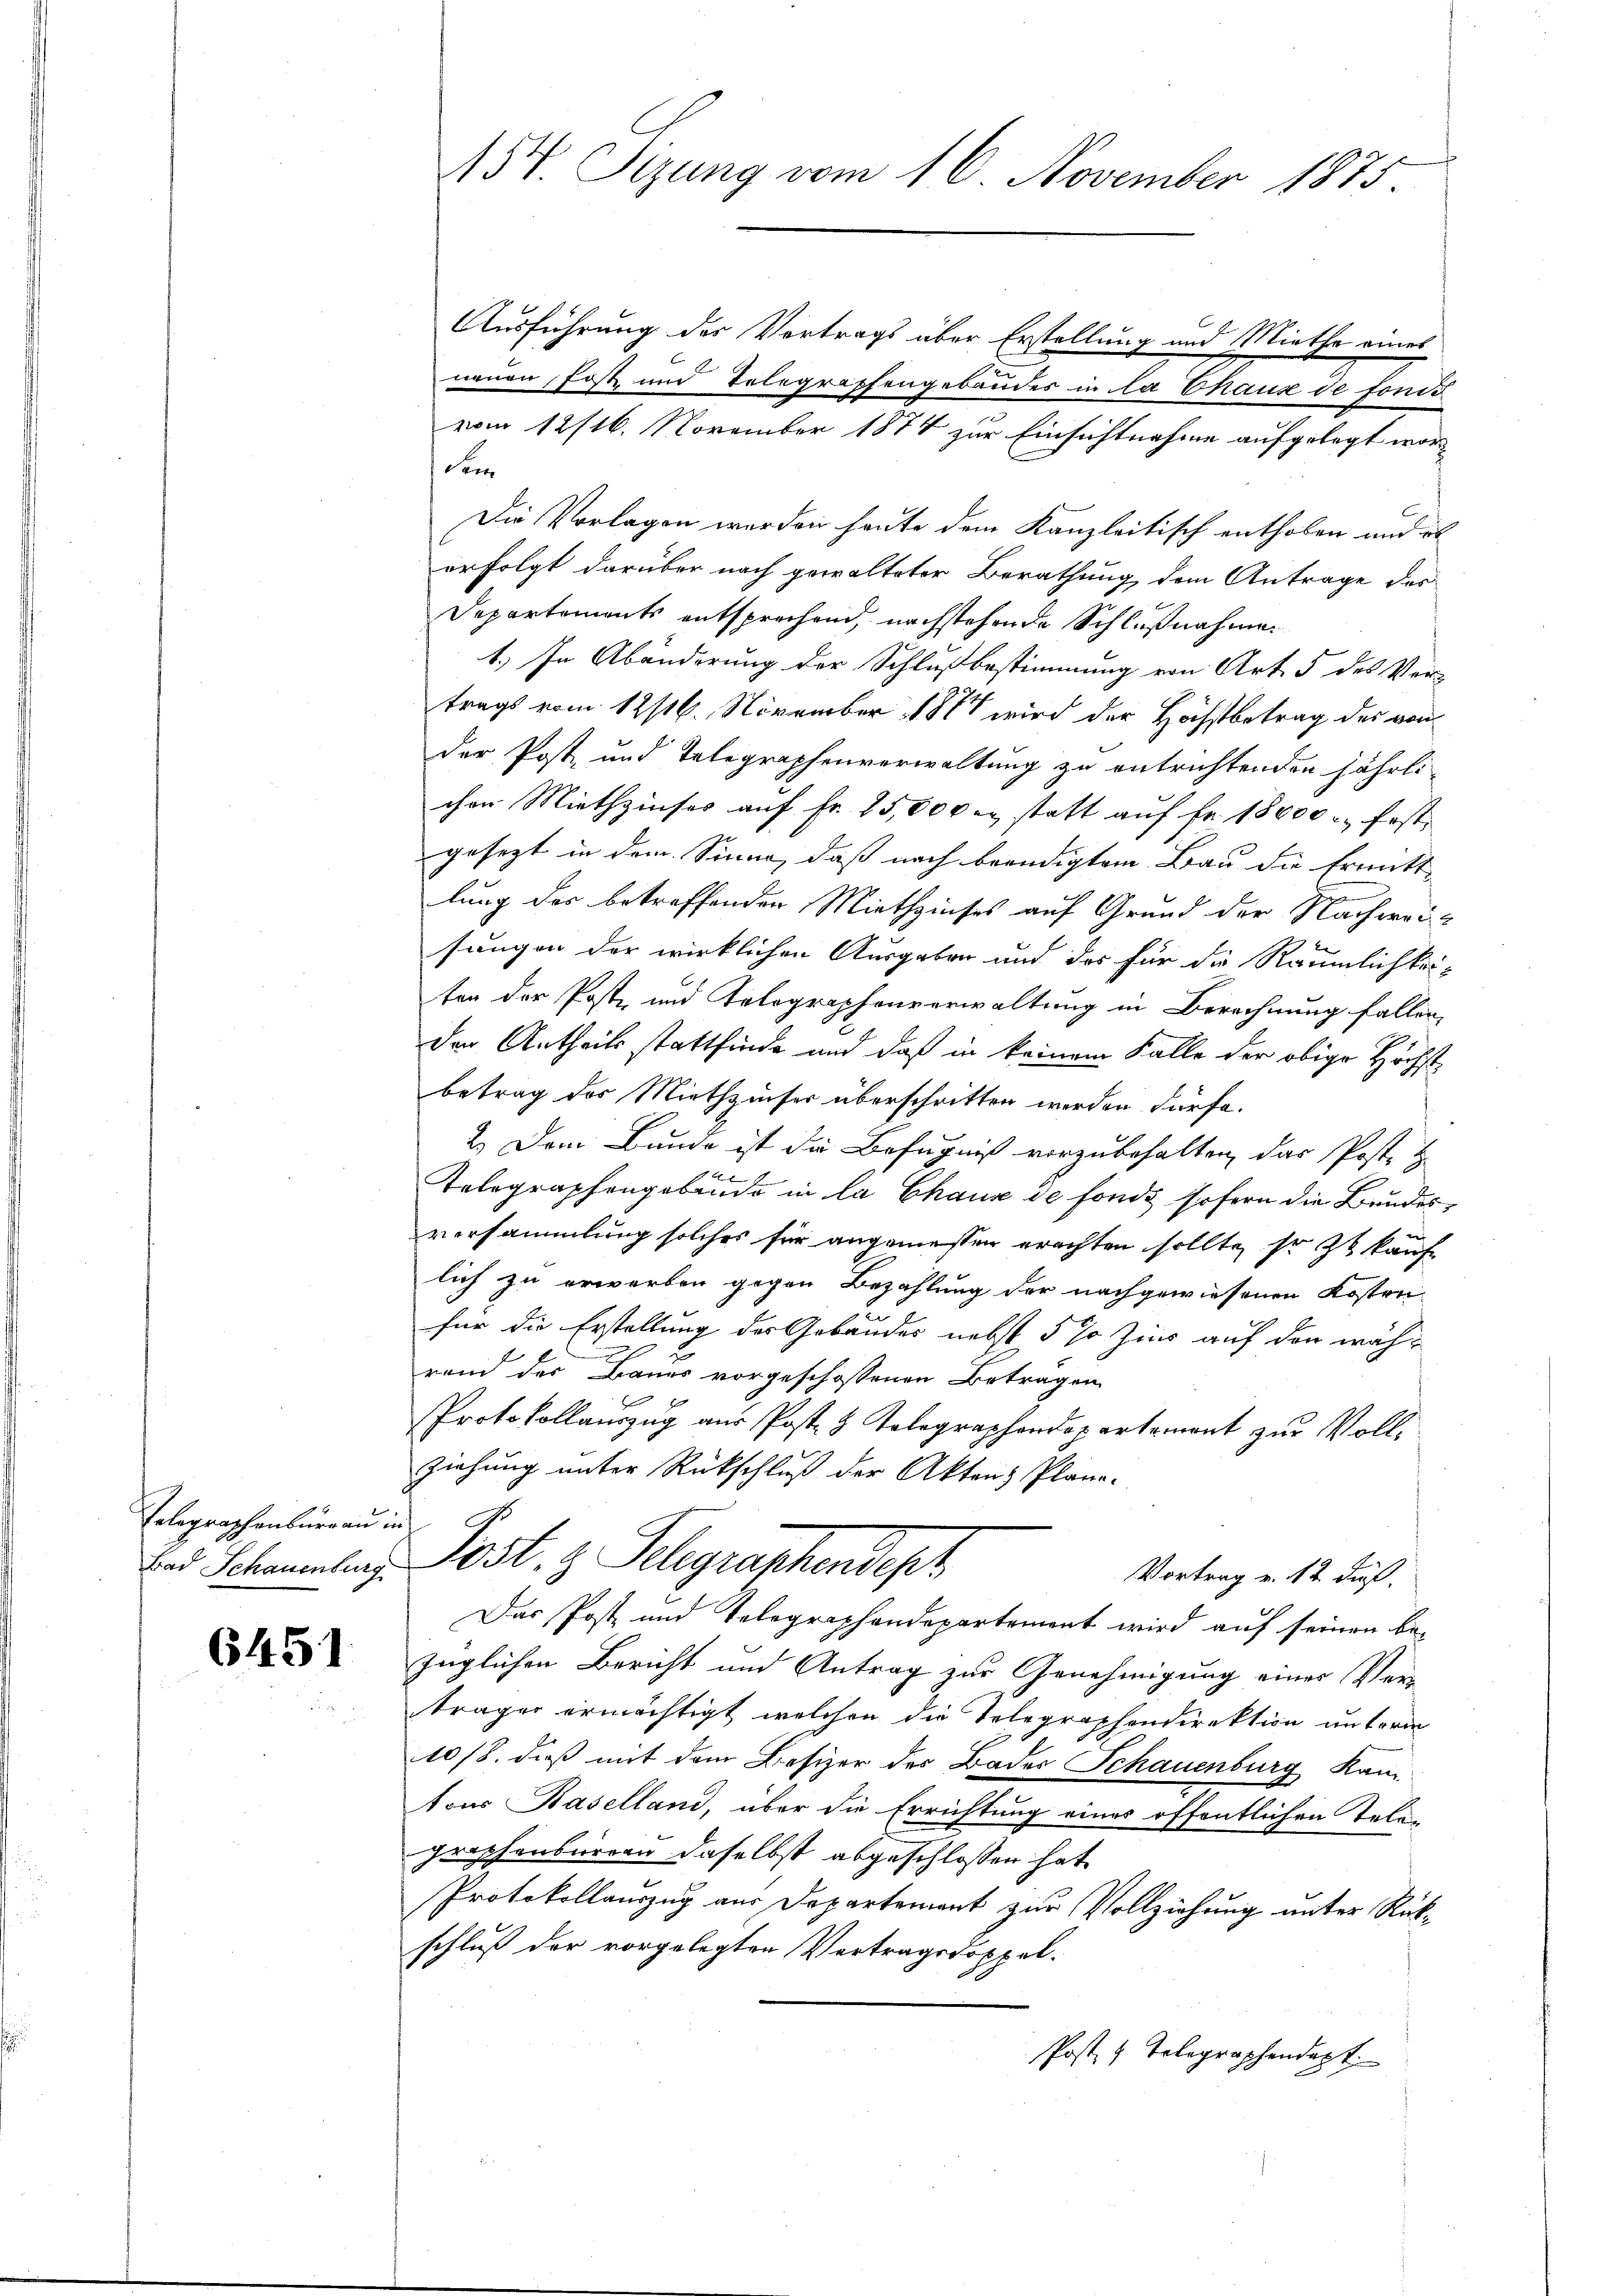
Telegraphenburgau
Bad Schauenburg

6451

457. Sizung vom 16. November 1875

Ausführung der Vortrags über Erstellung und Miethe eines
neuen Post und Telegraffengebäudes in la Chaux de fonds
vom 12/16. November 1874 zur Einsichtnahme aufgelegt wordem
Die Vorlagen werden heute dem Kanzleitisch enthoben und es
erfolgt darüber nach gewalteter Berathung dem Antrage des
Departements entsprechend, nachstehende Schlußnahmen
1.) In Abänderung der Schlaßbestimmung von Art. 5 des Vertrags vom 12/16. November 1881 wird der Höchstbetrag des von
der Post- und Telegraphenverwaltung zu entrichtenden jährli
chen Miethzinses auf Fr. 25,000 statt auf Fr. 18000. fest
gesezt in dem Sinne, daß nach beendigtem Bau die Ermitte
lung des betreffenden Miethzinses auf Grund der Nachweisungen der wirklichen Ausgaben und des für die Räumlichkeiten der Poste und Kolographenverwaltung in Berechnung fallen,
den Antheils stattfinde und daß in keinem Falle der obige Höchst
betrag der Miethzinser überschritten worden dürfe.
2.) Dem Bunde ist die Befugniß vorzubehalten, das Post. Z
Telegraphengebäude in la Chaus de fonds sofern die Bundesversammlung solches für angemessen erachten sollte, so zu kaufe
lich zu erworben gegen Bezahlung der nachgewiesenen Kosten
für die Erstellung des Gebäudes nebst 5 % Zins auf den während der Bauer vorgeschossenen Betragen
Protokollauszug aus Post 3 Telegraphendepartement zur Vollziehung unter Rückschluß der Akten Plane-
ih
Post. 3. Klagraphendesh
Vortrag v. 12. dieß.
Das Post und Telegraphendepartement wird auf seinen bezüglichen Bericht und Antrag zur Genehmigung einer Verträger ermächtigt, welchen die Telegraphendirektion unterm
10/8. daß mit dem Besizer des Bader Schauenburg kam
tons Baselland, über die Errichtung eines öffentlichen Telegrophenbarren daselbst abgeschlossen hat,
Protokollauszug aus Departement zur Vollziehung unter Rückschluß der vorgelegten Vertragsdoppel¬
Post 4 Telegraphendept.